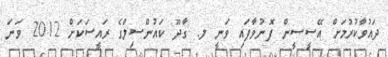
ދައުވާކުރުމަށް އޭސީސީން ފޮނުވާފައި ވަނީ ލ. ގާދޫ ކައުންސިލްގެ ރައީސަކަށް 2012 ވަނަ